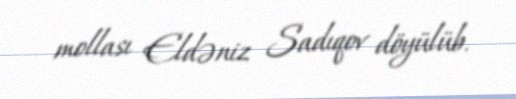
mollası Eldəniz Sadıqov döyülüb.